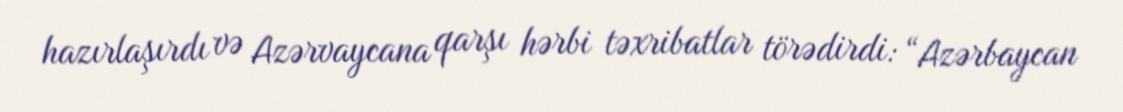
hazırlaşırdı və Azərvaycana qarşı hərbi təxribatlar törədirdi: “Azərbaycan